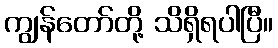
ကျွန်တော်တို့ သိရှိရပါပြီ။